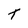
Character: T